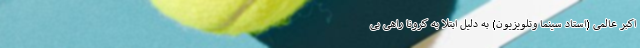
اکبر عالمی (استاد سینما وتلویزیون) به دلیل ابتلا به کرونا راهی بی